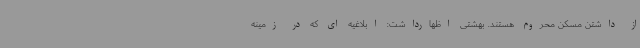
از داشتن مسکن محروم هستند. بهشتی اظهارداشت: ابلاغیه ای که در زمینه